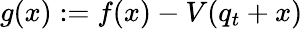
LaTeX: g(x):=f(x)-V(q_{t}+x)